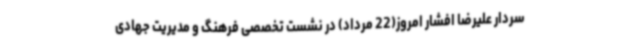
سردار علیرضا افشار امروز(22 مرداد) در نشست تخصصی فرهنگ و مدیریت جهادی